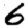
Digit: 6